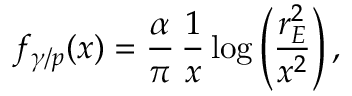
f _ { \gamma / p } ( x ) = \frac { \alpha } { \pi } \, \frac { 1 } { x } \, \mathrm { l o g } \left( \frac { r _ { E } ^ { 2 } } { x ^ { 2 } } \right) ,